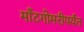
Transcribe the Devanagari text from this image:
माँटगोमरीपर्यंत